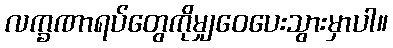
လက္ခဏာရပ်တွေကိုမျှဝေပေးသွားမှာပါ။